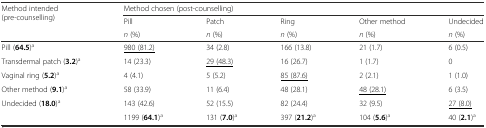
| <ROWSPAN=3> Method intended (pre-counselling) | <COLSPAN=5> Method chosen (post-counselling) |
 | Pill | Patch | Ring | Other method | Undecided |
 | n (%) | n (%) | n (%) | n (%) | n (%) |
 | --- | --- | --- | --- | --- | --- |
 | Pill (64.5)a | <underline>980 (81.2)</underline> | 34 (2.8) | 166 (13.8) | 21 (1.7) | 6 (0.5) |
 | Transdermal patch (3.2)a | 14 (23.3) | <underline>29 (48.3)</underline> | 16 (26.7) | 1 (1.7) | 0 |
 | Vaginal ring (5.2)a | 4 (4.1) | 5 (5.2) | <underline>85 (87.6)</underline> | 2 (2.1) | 1 (1.0) |
 | Other method (9.1)a | 58 (33.9) | 11 (6.4) | 48 (28.1) | <underline>48 (28.1)</underline> | 6 (3.5) |
 | Undecided (18.0)a | 143 (42.6) | 52 (15.5) | 82 (24.4) | 32 (9.5) | <underline>27 (8.0)</underline> |
 |  | 1199 (64.1)a | 131 (7.0)a | 397 (21.2)a | 104 (5.6)a | 40 (2.1)a |